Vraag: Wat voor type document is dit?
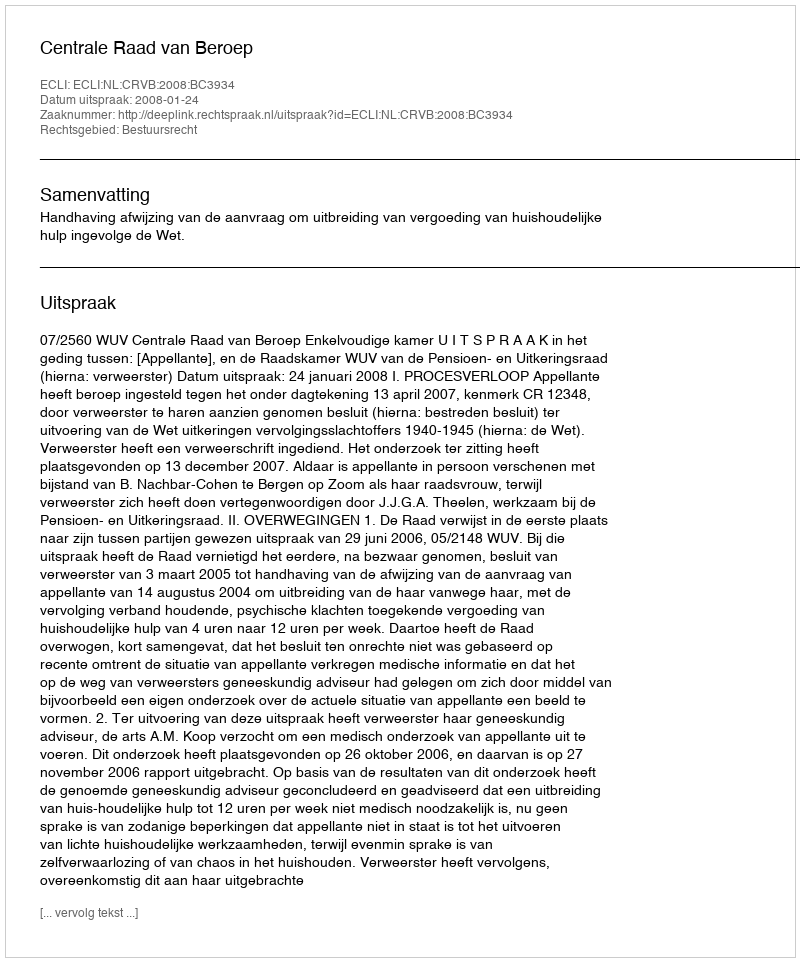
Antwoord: Uitspraak